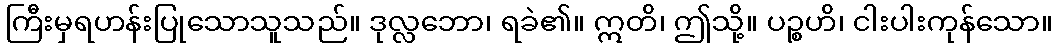
ကြီးမှရဟန်းပြုသောသူသည်။ ဒုလ္လဘော၊ ရခဲ၏။ ဣတိ၊ ဤသို့။ ပဉ္စဟိ၊ ငါးပါးကုန်သော။